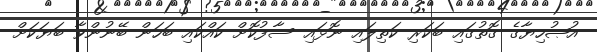
އުޞުހިޔާގެ ގޮތުގައި ބަކަރި ކަތިލައި ނޮޅައި ސާފުކޮށް ކައްކައި ބަހަން ބޭނުންވާ ބަޔަކަށް